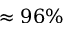
\approx 9 6 \%